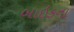
બાઇકના